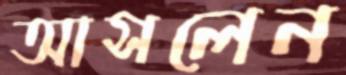
আসলেন